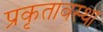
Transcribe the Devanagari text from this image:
प्रकृतावस्था